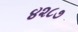
૪૨૮૭